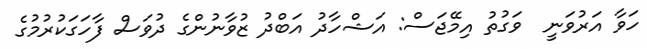
ހަވާ އަރުވަނީ  ވަގުތު އިމޭޖަސް: އަޝްހާދު އަބްދު ޒުވާނުންގެ ދުވަސް ފާހަގަކުރުމުގެ